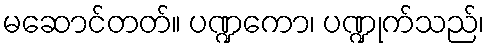
မဆောင်တတ်။ ပဏ္ဍကော၊ ပဏ္ဍုက်သည်၊